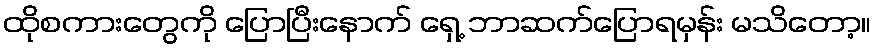
ထိုစကားတွေကို ပြောပြီးနောက် ရှေ့ ဘာဆက်ပြောရမှန်း မသိတော့။